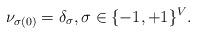
LaTeX: \begin{align*}\nu_{\sigma(0)}=\delta_{\sigma}, \sigma \in\{-1,+1\}^V.\end{align*}